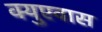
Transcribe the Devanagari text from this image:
क्युएवास